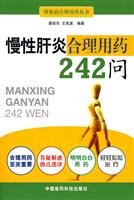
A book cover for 242 chronic hepatitis asked the rational use of drugs; CAI HAO DONG ?WANG XIAN BO; Health, Fitness & Dieting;